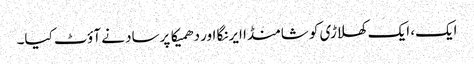
ایک، ایک کھلاڑی کو شامنڈا ایرنگا اور دھمیکا پرساد نے آؤٹ کیا۔